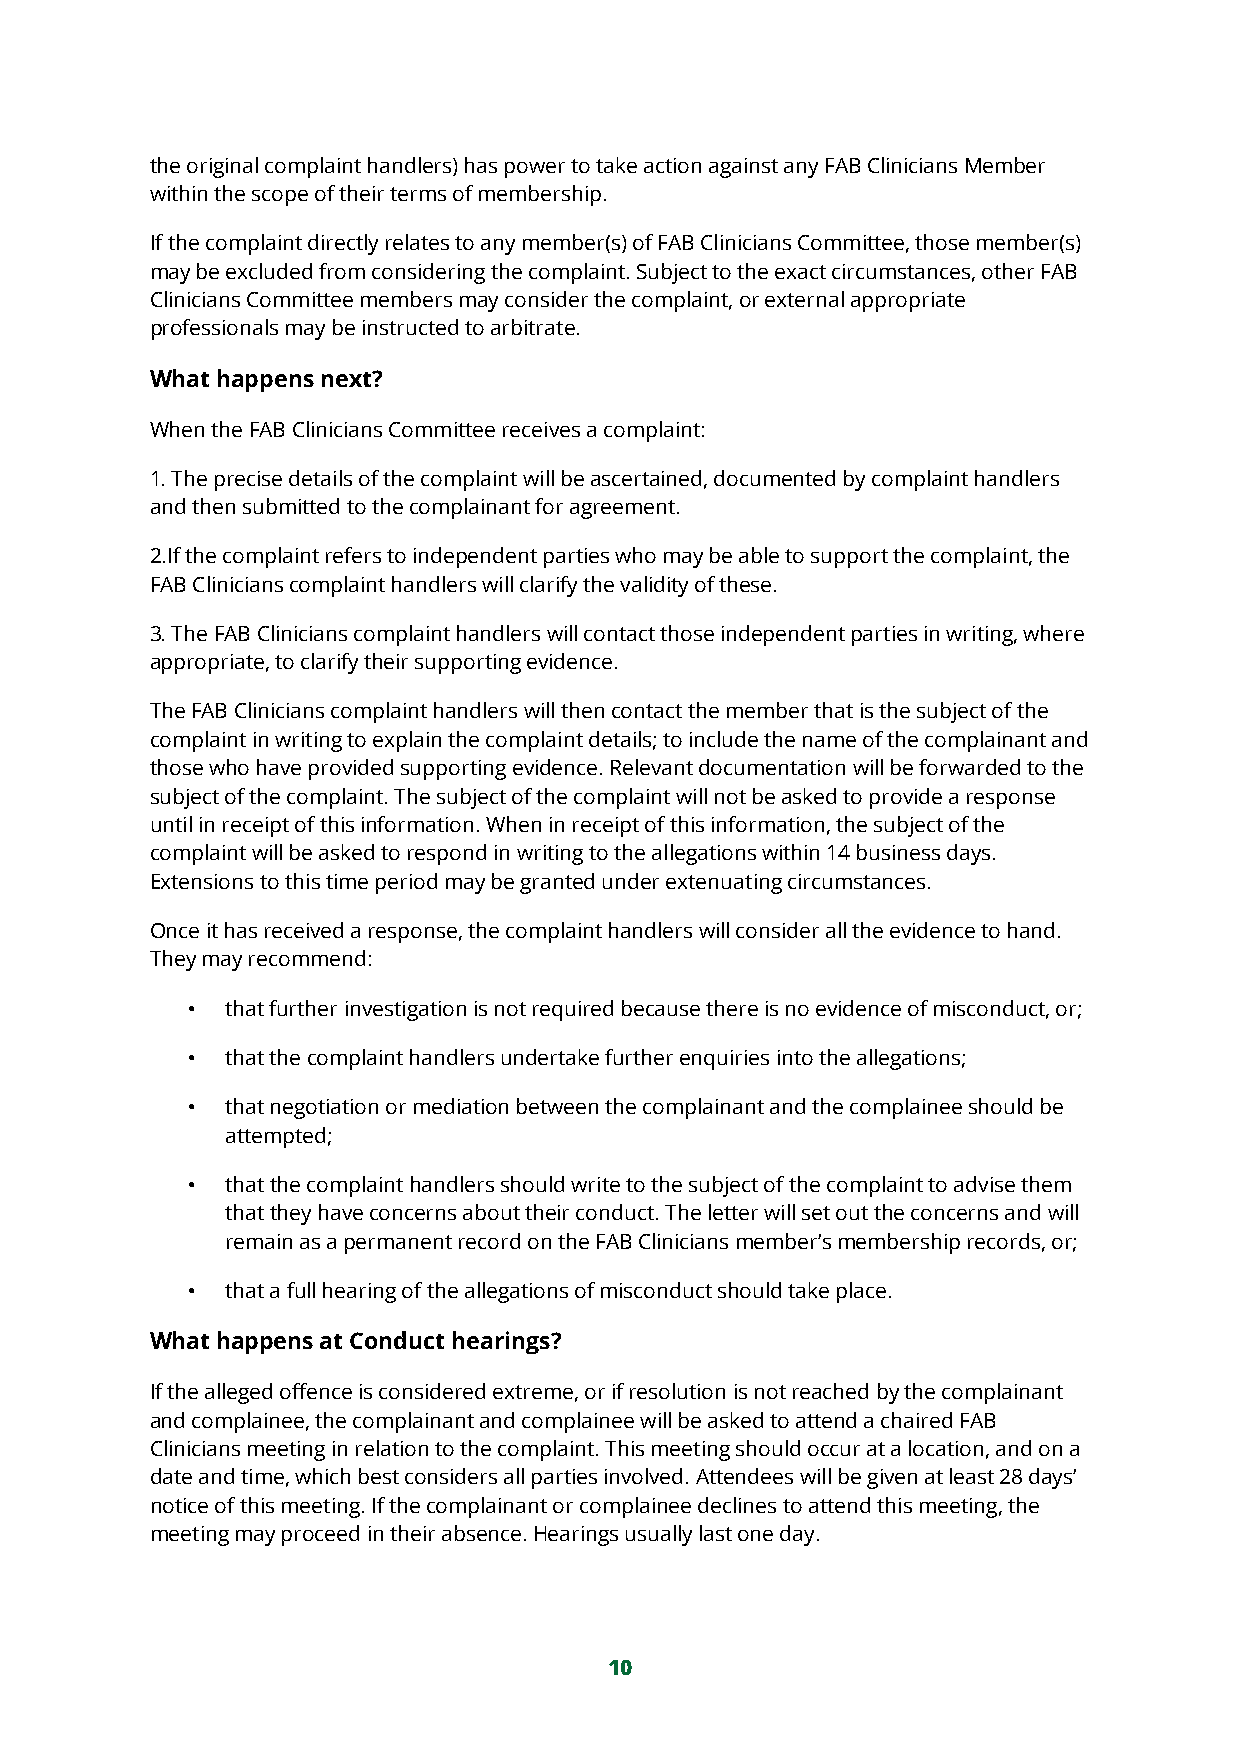
the original complaint handlers) has power to take action against any FAB Clinicians Member
 within the scope of their terms of membership.
 If the complaint directly relates to any member(s) of FAB Clinicians Committee, those member(s)
 may be excluded from considering the complaint. Subject to the exact circumstances, other FAB
 Clinicians Committee members may consider the complaint, or external appropriate
 professionals may be instructed to arbitrate.
 What happens next?
 When the FAB Clinicians Committee receives a complaint:
 1. The precise details of the complaint will be ascertained, documented by complaint handlers
 and then submitted to the complainant for agreement.
 2.If the complaint refers to independent parties who may be able to support the complaint, the
 FAB Clinicians complaint handlers will clarify the validity of these.
 3. The FAB Clinicians complaint handlers will contact those independent parties in writing, where
 appropriate, to clarify their supporting evidence.
 The FAB Clinicians complaint handlers will then contact the member that is the subject of the
 complaint in writing to explain the complaint details; to include the name of the complainant and
 those who have provided supporting evidence. Relevant documentation will be forwarded to the
 subject of the complaint. The subject of the complaint will not be asked to provide a response
 until in receipt of this information. When in receipt of this information, the subject of the
 complaint will be asked to respond in writing to the allegations within 14 business days.
 Extensions to this time period may be granted under extenuating circumstances.
 Once it has received a response, the complaint handlers will consider all the evidence to hand.
 They may recommend:
 •  that further investigation is not required because there is no evidence of misconduct, or;
 •  that the complaint handlers undertake further enquiries into the allegations;
 •  that negotiation or mediation between the complainant and the complainee should be
 attempted;
 •  that the complaint handlers should write to the subject of the complaint to advise them
 that they have concerns about their conduct. The letter will set out the concerns and will
 remain as a permanent record on the FAB Clinicians member’s membership records, or;
 •  that a full hearing of the allegations of misconduct should take place.
 What happens at Conduct hearings?
 If the alleged offence is considered extreme, or if resolution is not reached by the complainant
 and complainee, the complainant and complainee will be asked to attend a chaired FAB
 Clinicians meeting in relation to the complaint. This meeting should occur at a location, and on a
 date and time, which best considers all parties involved. Attendees will be given at least 28 days’
 notice of this meeting. If the complainant or complainee declines to attend this meeting, the
 meeting may proceed in their absence. Hearings usually last one day.
 10